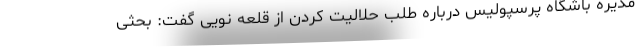
مدیره باشگاه پرسپولیس درباره طلب حلالیت کردن از قلعه نویی گفت: بحثی